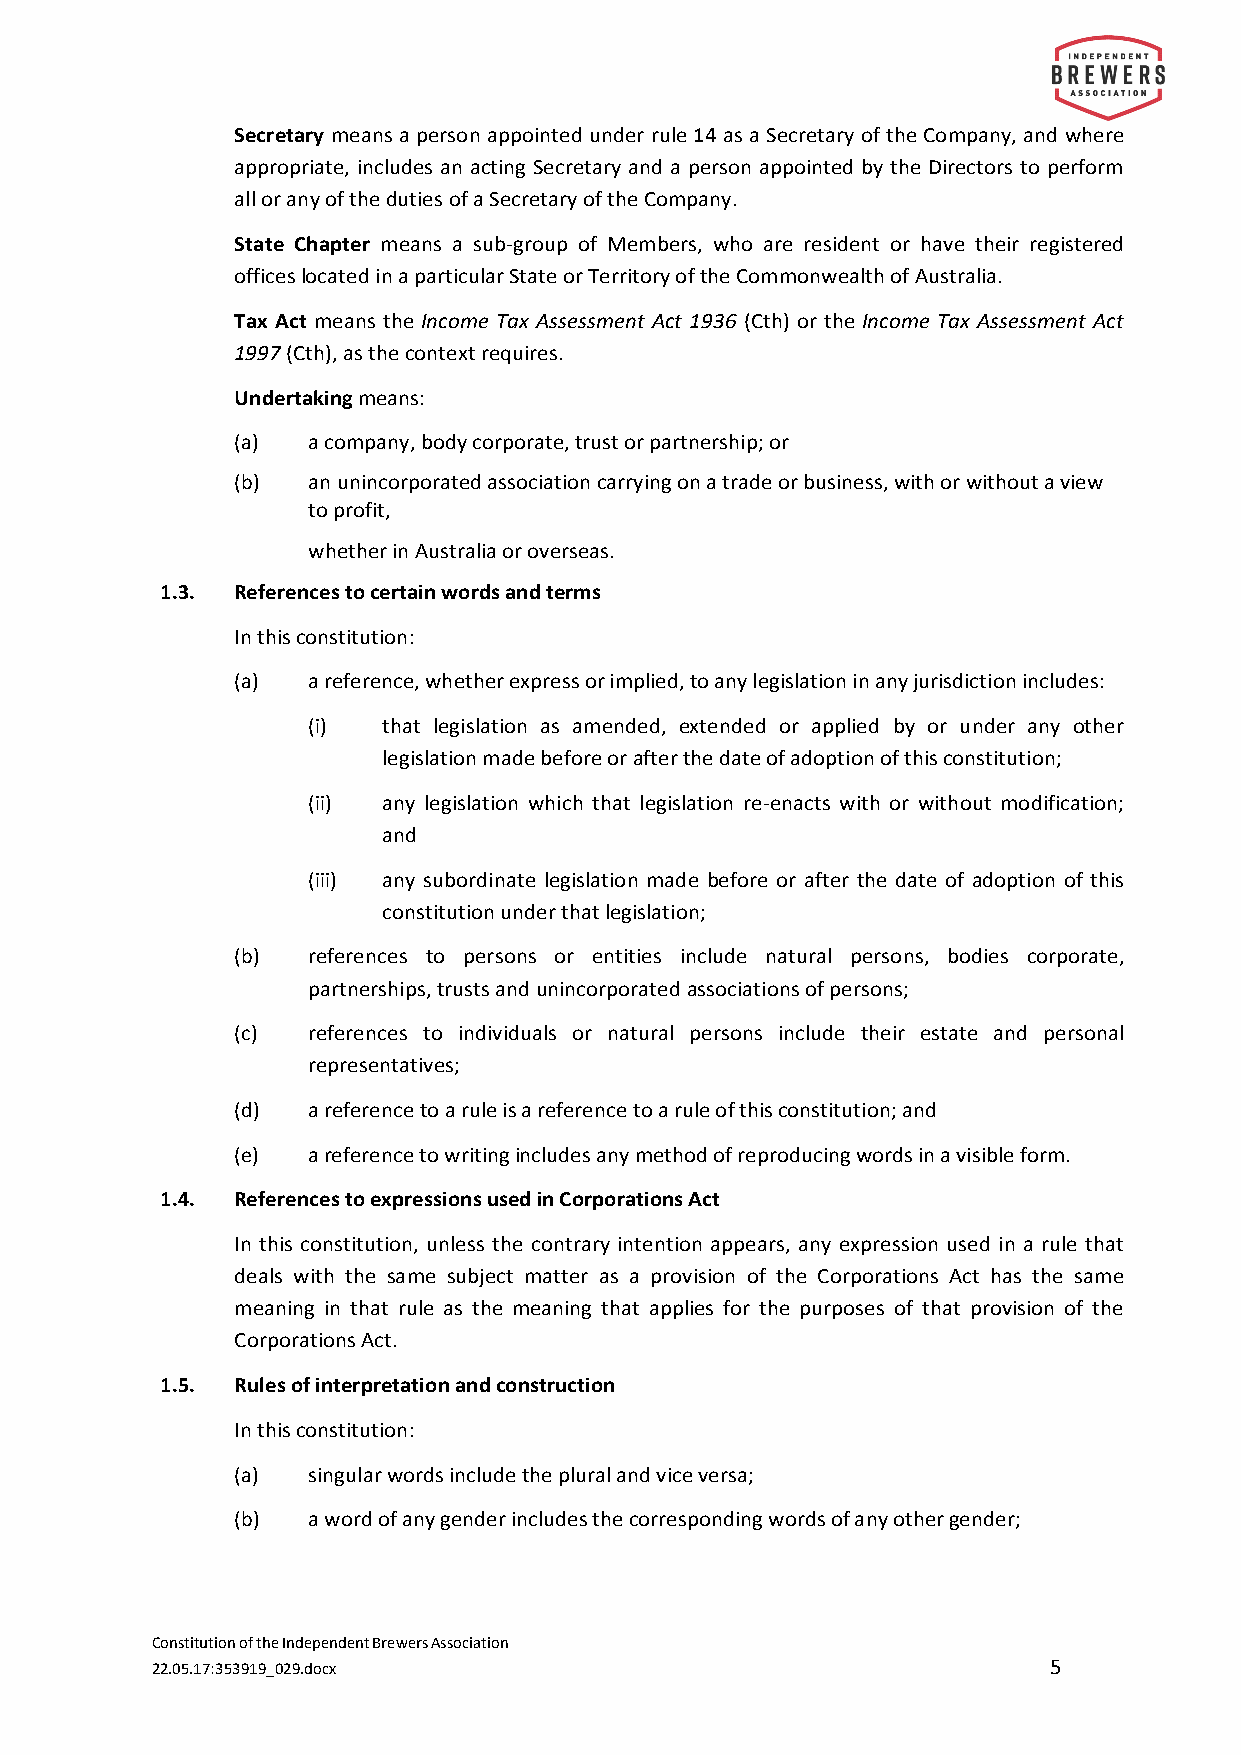
Secretary means a person appointed under rule 14 as a Secretary of the Company, and where
 appropriate, includes an acting Secretary and a person appointed by the Directors to perform
 all or any of the duties of a Secretary of the Company.
 State Chapter means a sub-group of Members, who are resident or have their registered
 offices located in a particular State or Territory of the Commonwealth of Australia.
 Tax Act means the Income Tax Assessment Act 1936 (Cth) or the Income Tax Assessment Act
 1997 (Cth), as the context requires.
 Undertaking means:
 (a) a company, body corporate, trust or partnership; or
 (b) an unincorporated association carrying on a trade or business, with or without a view
 to profit,
 whether in Australia or overseas.
 1.3. References to certain words and terms
 In this constitution:
 (a) a reference, whether express or implied, to any legislation in any jurisdiction includes:
 (i)  that legislation as amended, extended or applied by or under any other
 legislation made before or after the date of adoption of this constitution;
 (ii) any legislation which that legislation re-enacts with or without modification;
 and
 (iii) any subordinate legislation made before or after the date of adoption of this
 constitution under that legislation;
 (b) references to persons or entities include natural persons, bodies corporate,
 partnerships, trusts and unincorporated associations of persons;
 (c) references to individuals or natural persons include their estate and personal
 representatives;
 (d) a reference to a rule is a reference to a rule of this constitution; and
 (e) a reference to writing includes any method of reproducing words in a visible form.
 1.4. References to expressions used in Corporations Act
 In this constitution, unless the contrary intention appears, any expression used in a rule that
 deals with the same subject matter as a provision of the Corporations Act has the same
 meaning in that rule as the meaning that applies for the purposes of that provision of the
 Corporations Act.
 1.5. Rules of interpretation and construction
 In this constitution:
 (a) singular words include the plural and vice versa;
 (b) a word of any gender includes the corresponding words of any other gender;
 Constitution of the Independent Brewers Association
 22.05.17:353919_029.docx                                    5